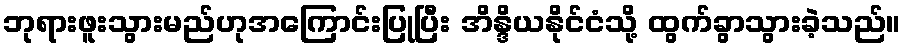
ဘုရားဖူးသွားမည်ဟုအကြောင်းပြုပြီး အိန္ဒိယနိုင်ငံသို့ ထွက်ခွာသွားခဲ့သည်။